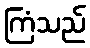
ကြံသည်